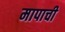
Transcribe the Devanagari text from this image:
मापाची